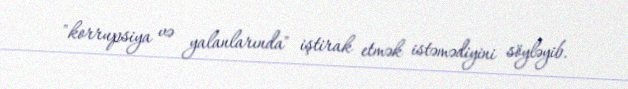
"korrupsiya və yalanlarında" iştirak etmək istəmədiyini söyləyib.